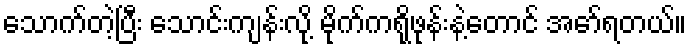
သောက်တဲ့ပြီး သောင်းကျန်းလို့ မိုက်ကရိုဖုန်းနဲ့တောင် အော်ရတယ်။